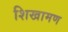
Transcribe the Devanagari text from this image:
शिखामण